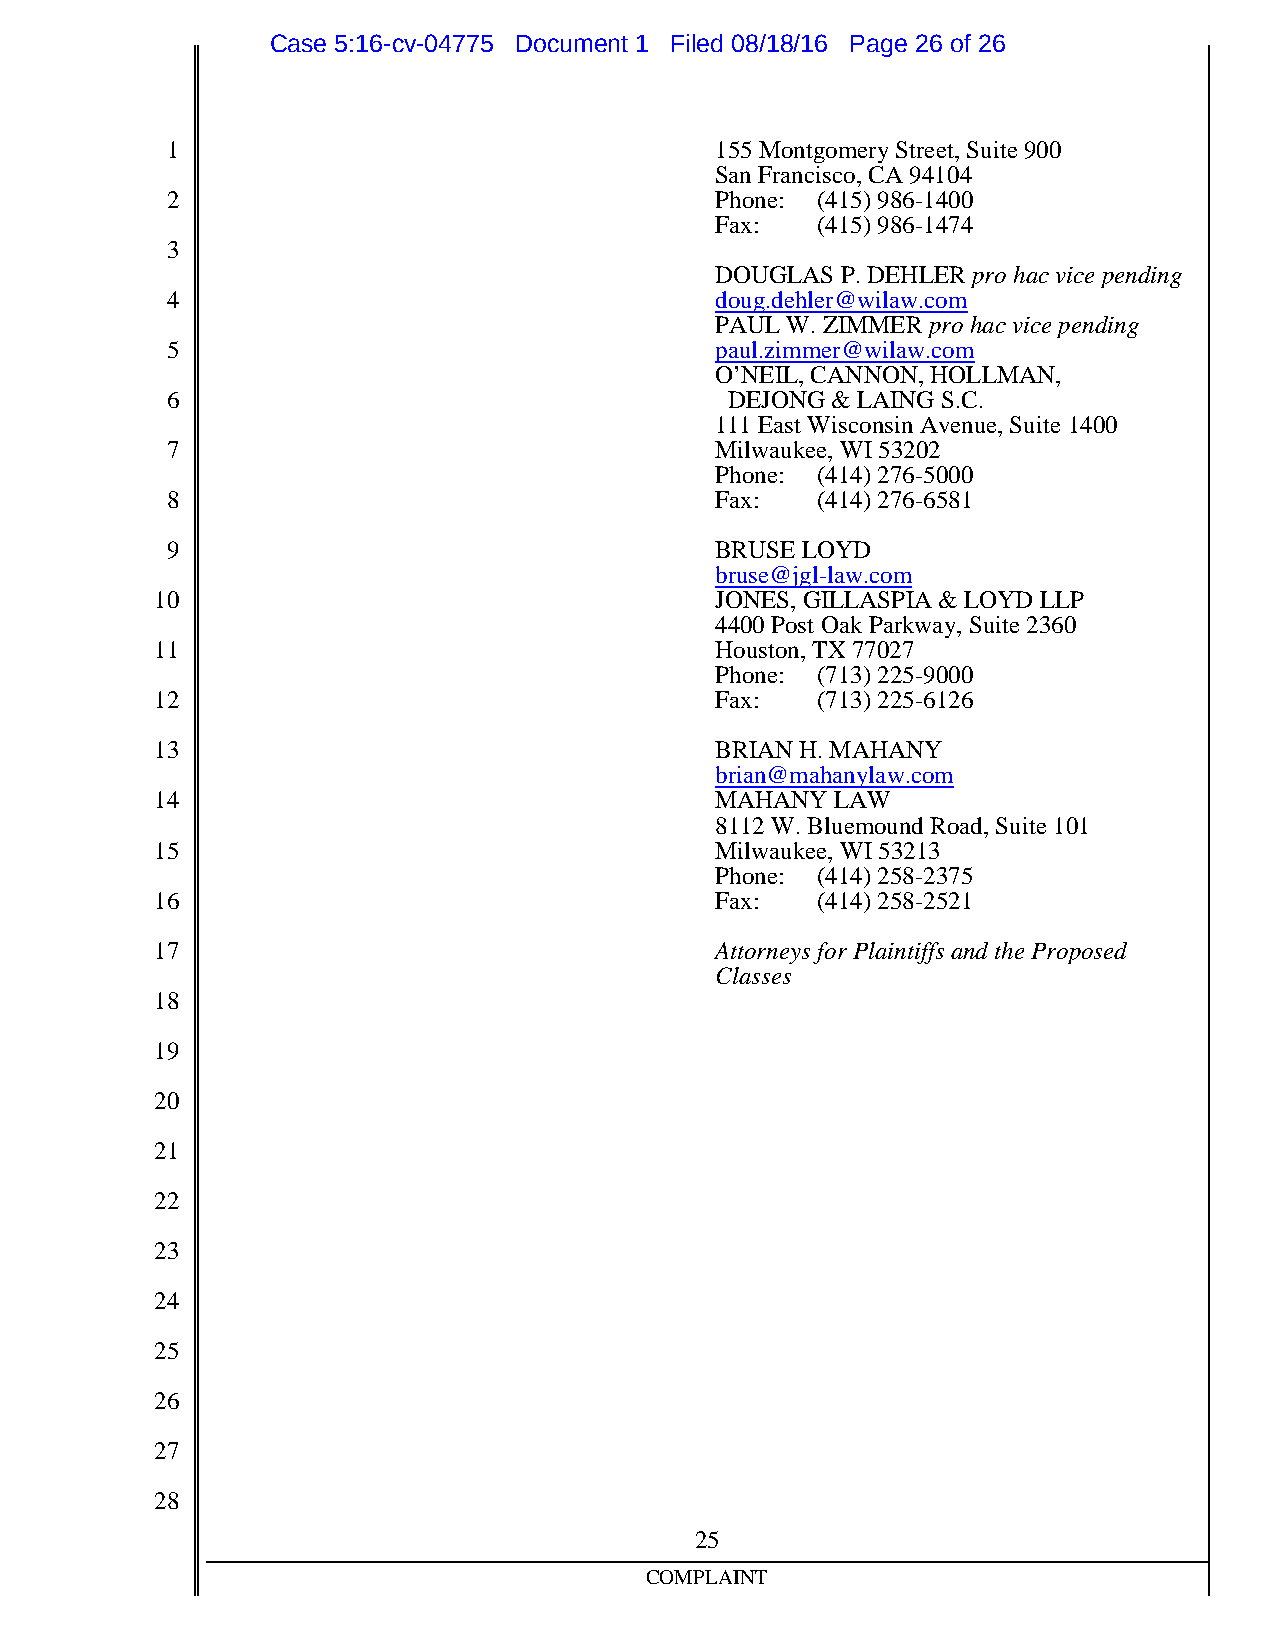
Case 5:16-cv-04775 Document 1 Filed 08/18/16 Page 26 of 26
 1                                   155MontgomeryStreet,Suite900
 SanFrancisco,CA94104
 2                                   Phone: (415)986-1400
 Fax:   (415)986-1474
 3
 DOUGLAS  P.DEHLER pro hacvicepending
 4                                   doug.dehler@wilaw.com
 PAULW. ZIMMER pro hacvicepending
 5                                   paul.zimmer@wilaw.com
 O’NEIL,CANNON,HOLLMAN,
 6                                    DEJONG&  LAINGS.C.
 111East WisconsinAvenue,Suite1400
 7                                   Milwaukee,WI53202
 Phone: (414)276-5000
 8                                   Fax:   (414)276-6581
 9                                   BRUSE LOYD
 bruse@jgl-law.com
 10                                   JONES,GILLASPIA & LOYD LLP
 4400Post OakParkway, Suite2360
 11                                   Houston,TX77027
 Phone: (713)225-9000
 12                                   Fax:   (713)225-6126
 13                                   BRIANH.MAHANY
 brian@mahanylaw.com
 14                                   MAHANY  LAW
 8112W.BluemoundRoad,Suite101
 15                                   Milwaukee,WI53213
 Phone: (414)258-2375
 16                                   Fax:   (414)258-2521
 17                                   Attorneys for Plaintiffs andtheProposed
 Classes
 18
 19
 20
 21
 22
 23
 24
 25
 26
 27
 28
 25
 COMPLAINT